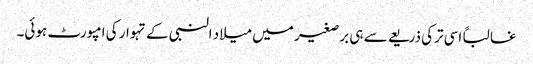
غالباً اسی ترکی ذریعے سے ہی برصغیر میں میلاد النبی کے تہوار کی امپورٹ ہوئی۔